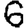
Digit: 6